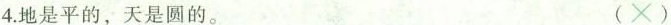
4.地是平的，天是圆的。 (×)